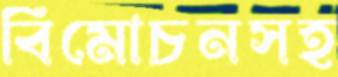
বিমোচনসহ